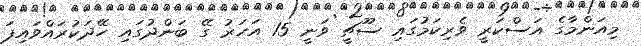
މިއަންމާގެ އަސްކަރީ ވެރިކަމުގައި ސޫޗީ ވަނީ 15 އަހަރު ގޭ ބަންދުގައި ހޭދަކުރައްވައިފަ